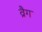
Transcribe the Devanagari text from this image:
व्रैग